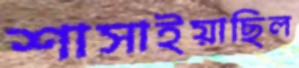
শাসাইয়াছিল